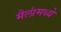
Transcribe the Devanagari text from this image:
मैलांमध्ये